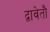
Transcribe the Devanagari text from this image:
द्वावेतौ